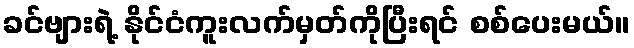
ခင်ဗျားရဲ့ နိုင်ငံကူးလက်မှတ်ကိုပြီးရင် စစ်ပေးမယ်။